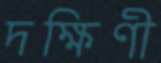
দক্ষিণী